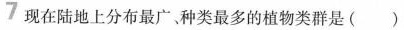
现在陆地上分布最广、种类最多的植物类群是( )